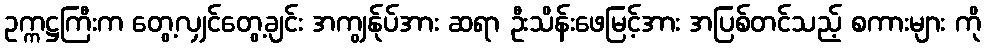
ဥက္ကဋ္ဌကြီးက တွေ့လျှင်တွေ့ချင်း အကျွန်ုပ်အား ဆရာ ဦးသိန်းဖေမြင့်အား အပြစ်တင်သည့် စကားများ ကို